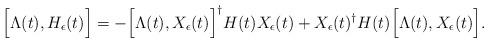
LaTeX: \begin{align*} & \Bigl[\Lambda(t), H_{\epsilon}(t)\Bigr] = -\Bigl[\Lambda(t), X_{\epsilon}(t)\Bigr]^{\dagger}H(t)X_{\epsilon}(t) + X_{\epsilon}(t)^{\dagger}H(t)\Bigl[\Lambda(t), X_{\epsilon}(t)\Bigr]. \end{align*}